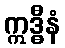
ဣဒ္ဓီနံ